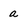
Character: a